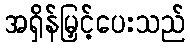
အရှိန်မြှင့်ပေးသည်